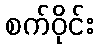
စက်ဝိုင်း